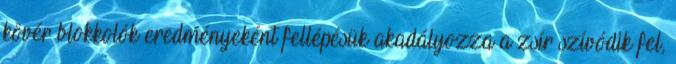
kövér blokkolók eredményeként fellépésük akadályozza a zsír szívódik fel,